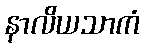
နာလိယသာကံ